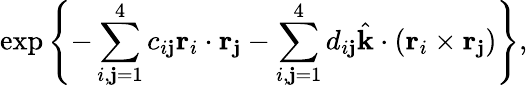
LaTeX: \exp\left\{ -\sum_{i,\mathbf{j}=1}^{4}c_{i\mathbf{j}}\mathrm{{\mathbf{r}}}_{i}\cdot\mathrm{{\mathbf{r}}}_{\mathbf{j}}-\sum_{i,\mathbf{j}=1}^{4}d_{i\mathbf{j}}\hat{{\mathrm{{\mathbf{k}}}}}\cdot(\mathrm{{\mathbf{r}}}_{i}\times\mathrm{{\mathbf{r}}}_{\mathbf{j}})\right\} ,